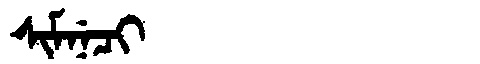
Manchu: ᠰᡳᠮᠨᡝᠴᡳ
Romanization: SIMNECI